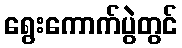
ရွေးကောက်ပွဲတွင်